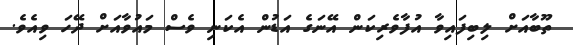
ތޫބާއަށް ލިބިފައިވާ އުފާވެރިކަން އޭނަގެ އަޑުން އެކަނި ވެސް މައުވާއަށް ދޭހަ ވިއެވެ.